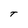
Character: T